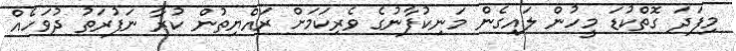
މިފަދަ ގޮތްކުޑަ މީހުން ލައިގެން މަނިކުފާނުގެ ވެރިކަމަށް ރައްޔިތުން ކުރާ ނަފުރަތު ދުވަހެއް